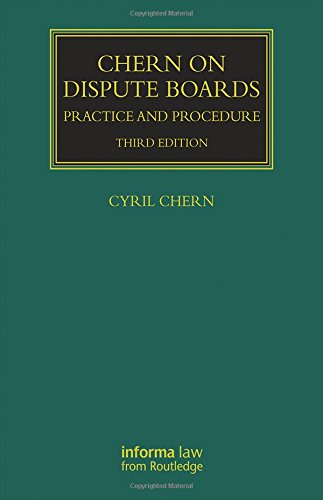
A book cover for Chern on Dispute Boards (Construction Practice Series); Cyril Chern; Law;